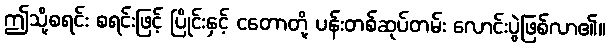
ဤသို့စရင်း စရင်းဖြင့် ပြိုင်းနှင့် ငတောတို့ ပန်းတစ်ဆုပ်တမ်း လောင်းပွဲဖြစ်လာ၏။